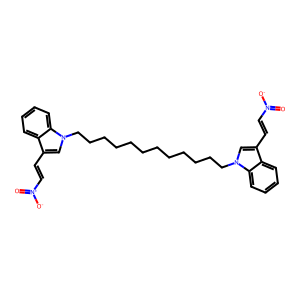
SMILES: O=[N+]([O-])C=Cc1cn(CCCCCCCCCCCCn2cc(C=C[N+](=O)[O-])c3ccccc32)c2ccccc12
Inhibits HIV replication: No